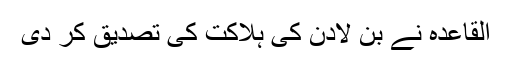
القاعدہ نے بن لادن کی ہلاکت کی تصدیق کر دی